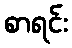
စာရင်း